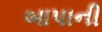
બાપાની